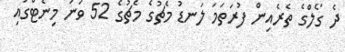
ދެ ގޯލްގެ ތެރެއިން ފުރަތަމަ ލަނޑު މެޗުގެ މެޗުގެ 52 ވަނަ މިނެޓްގައި